Scottish Leaving Certificate Examination, 1956
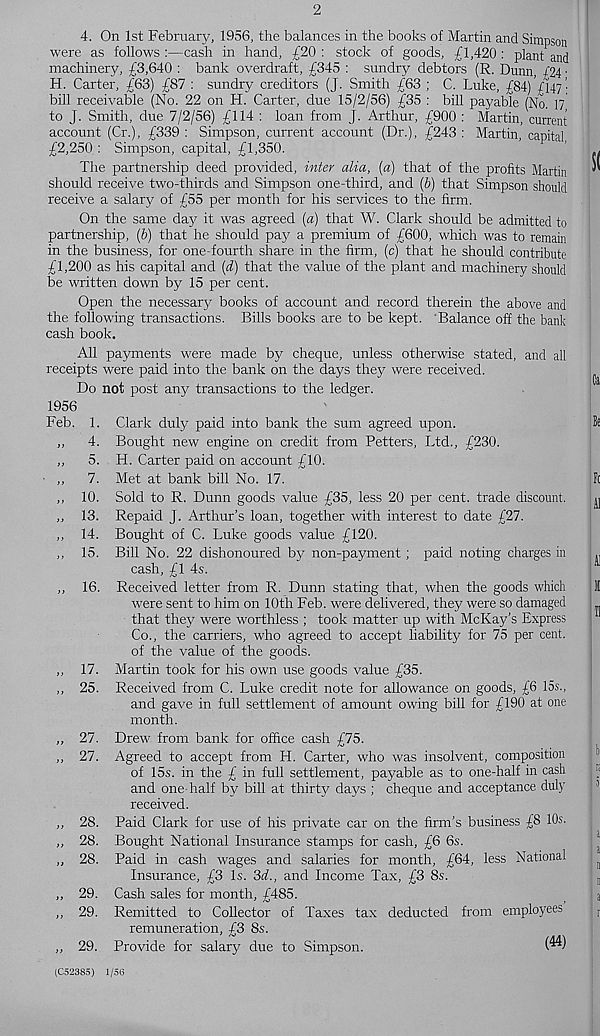
4. On 1st February, 1956, the balances in the books of Martin and Simpson
were as follows :—cash in hand, £20 : stock of goods, £1,420 : plant and
machinery, £3,640 : bank overdraft, £345 : sundry debtors (R. Dunn, /24 •
H. Carter, £63) £87 : sundry creditors (J. Smith £63 ; C. Luke, £84) £147’.
bill receivable (No. 22 on H. Carter, due 15/2/56) £35 : bill payable (No. 17
to J. Smith, due 7/2/56) £114 : loan from J. Arthur, £900 : Martin, current
account (Cr.), £339 : Simpson, current account (Dr.), £243 : Martin, capital
£2,250 : Simpson, capital, £1,350.
The partnership deed provided, inter alia, [a) that of the profits Martin
should receive two-thirds and Simpson one-third, and (6) that Simpson should
receive a salary of £55 per month for his services to the firm.
On the same day it was agreed {a) that W. Clark should be admitted to
partnership, (&) that he should pay a premium of £600, which was to remain
in the business, for one-fourth share in the firm, (c) that he should contribute
£1,200 as his capital and (d) that the value of the plant and machinery should
be written down by 15 per cent.
Open the necessary books of account and record therein the above and
the following transactions. Bills books are to be kept. Balance off the bank
cash book.
All payments were made by cheque, unless otherwise stated, and all
receipts were paid into the bank on the days they were received.
Do not post any transactions to the ledger.
1956
Feb. 1. Clark duly paid into bank the sum agreed upon.
,, 4. Bought new engine on credit from Betters, Ltd., £230.
„ 5. H. Carter paid on account £10.
■ ,, 7. Met at bank bill No. 17.
„ 10. Sold to R. Dunn goods value £35, less 20 per cent, trade discount.
,, 13. Repaid J. Arthur’s loan, together with interest to date £27.
,, 14. Bought of C. Luke goods value £120.
,, 15. Bill No. 22 dishonoured by non-payment; paid noting charges in
cash, £1 4s.
,, 16. Received letter from R. Dunn stating that, when the goods which
were sent to him on 10th Feb. were delivered, they were so damaged
that they were worthless ; took matter up with McKay’s Express
Co., the carriers, who agreed to accept liability for 75 per cent,
of the value of the goods.
,, 17. Martin took for his own use goods value £35.
,, 25. Received from C. Luke credit note for allowance on goods, £6 15s.,
and gave in full settlement of amount owing bill for £190 at one
month.
,, 27. Drew from bank for office cash £75.
,, 27. Agreed to accept from H. Carter, who was insolvent, composition
of 15s. in the £ in full settlement, payable as to one-half in cash
and one-half by bill at thirty days ; cheque and acceptance duly
received.
,, 28. Paid Clark for use of his private car on the firm’s business £8 10s.
„ 28. Bought National Insurance stamps for cash, £6 6s.
,, 28. Paid in cash wages and salaries for month, £64, less National
Insurance, £3 Is. 3^., and Income Tax, £3 8s.
,, 29. Cash sales for month, £485.
,, 29. Remitted to Collector of Taxes tax deducted from employees
remuneration, £3 8s.
,, 29. Provide for salary due to Simpson.
(C52385) 1/56